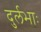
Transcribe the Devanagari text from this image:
दुर्लभाः